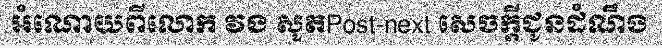
អំណោយពីលោក វង សូតPost-next សេចក្តីជូនដំណឹង